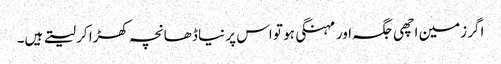
اگر زمین اچھی جگہ اور مہنگی ہو تو اس پر نیا ڈھانچہ کھڑا کر لیتے ہیں۔